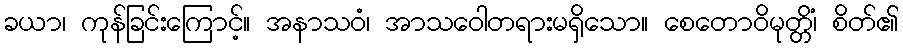
ခယာ၊ ကုန်ခြင်းကြောင့်။ အနာသဝံ၊ အာသဝေါတရားမရှိသော။ စေတောဝိမုတ္တိံ၊ စိတ်၏